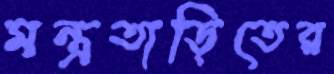
মন্ত্রতাড়িতের